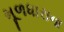
મૂળધારાના